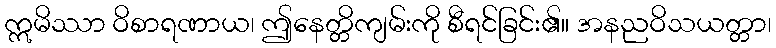
ဣမိဿာ ဝိစာရဏာယ၊ ဤနေတ္တိကျမ်းကို စီရင်ခြင်း၏။ အနညဝိသယတ္တာ၊